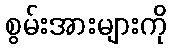
စွမ်းအားများကို